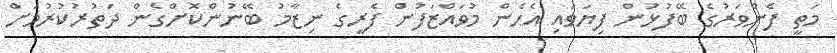
މަތީ ފެންވަރުގެ ބޭފުޅުން ފިޔަވައި އެހެން މުވައްޒަފުން ފެރީގެ ނިޒާމު ބޭނުންކޮށްގެން ދަތުރުކުުރުމަށް